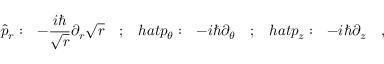
\hat { p } _ { r } : \ \ - \frac { i \hbar } { \sqrt { r } } \partial _ { r } \sqrt { r } \ \ \ ; \ \ \, h a t { p } _ { \theta } : \ \ - i \hbar \partial _ { \theta } \ \ \ ; \ \ \, h a t { p } _ { z } : \ \ - i \hbar \partial _ { z } \ \ \ ,